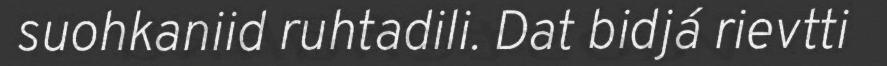
suohkaniid ruhtadili. Dat bidjá rievtti